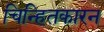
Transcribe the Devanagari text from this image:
चिन्हितकारन